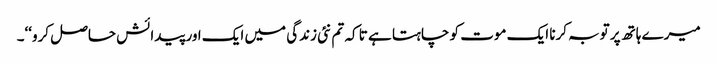
میرے ہاتھ پر توبہ کرنا ایک موت کو چاہتا ہے تا کہ تم نئی زندگی میں ایک اور پیدائش حاصل کرو‘‘۔